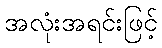
အလုံးအရင်းဖြင့်